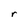
Character: r